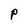
Character: P